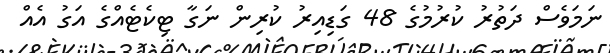
ނަމަވެސް ދަތުރު ކުރުމުގެ 48 ގަޑިއިރު ކުރިން ނަގާ ޓިކެޓެއްގެ އަގު އެއް